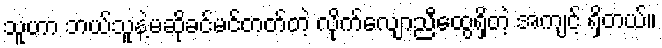
သူဟာ ဘယ်သူနဲ့မဆိုခင်မင်တတ်တဲ့ လိုက်လျောညီထွေရှိတဲ့ အကျင့် ရှိတယ်။